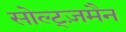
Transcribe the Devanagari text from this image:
सोल्ट्ज़मैन